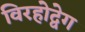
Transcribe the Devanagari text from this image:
विरहोद्वेग